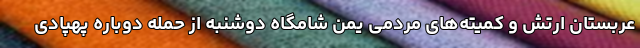
عربستان ارتش و کمیته‌های مردمی یمن شامگاه دوشنبه از حمله دوباره پهپادی